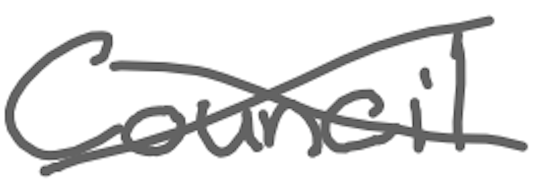
Text: Council
Cross-out: cross
Writing tool: digital_gray